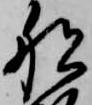
船